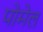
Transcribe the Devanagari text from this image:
पोमेल